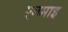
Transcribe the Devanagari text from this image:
एनमाइ